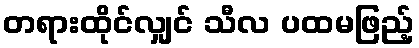
တရားထိုင်လျှင် သီလ ပထမဖြည့်